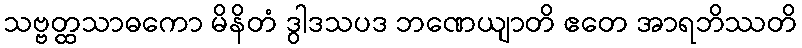
သဗ္ဗတ္ထသာဓကော မိနိတံ ဒွါဒသပဒ ဘဏေယျာတိ ဧတေ အာရဘိဿတိ